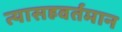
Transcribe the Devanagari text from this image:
त्यासहवर्तमान